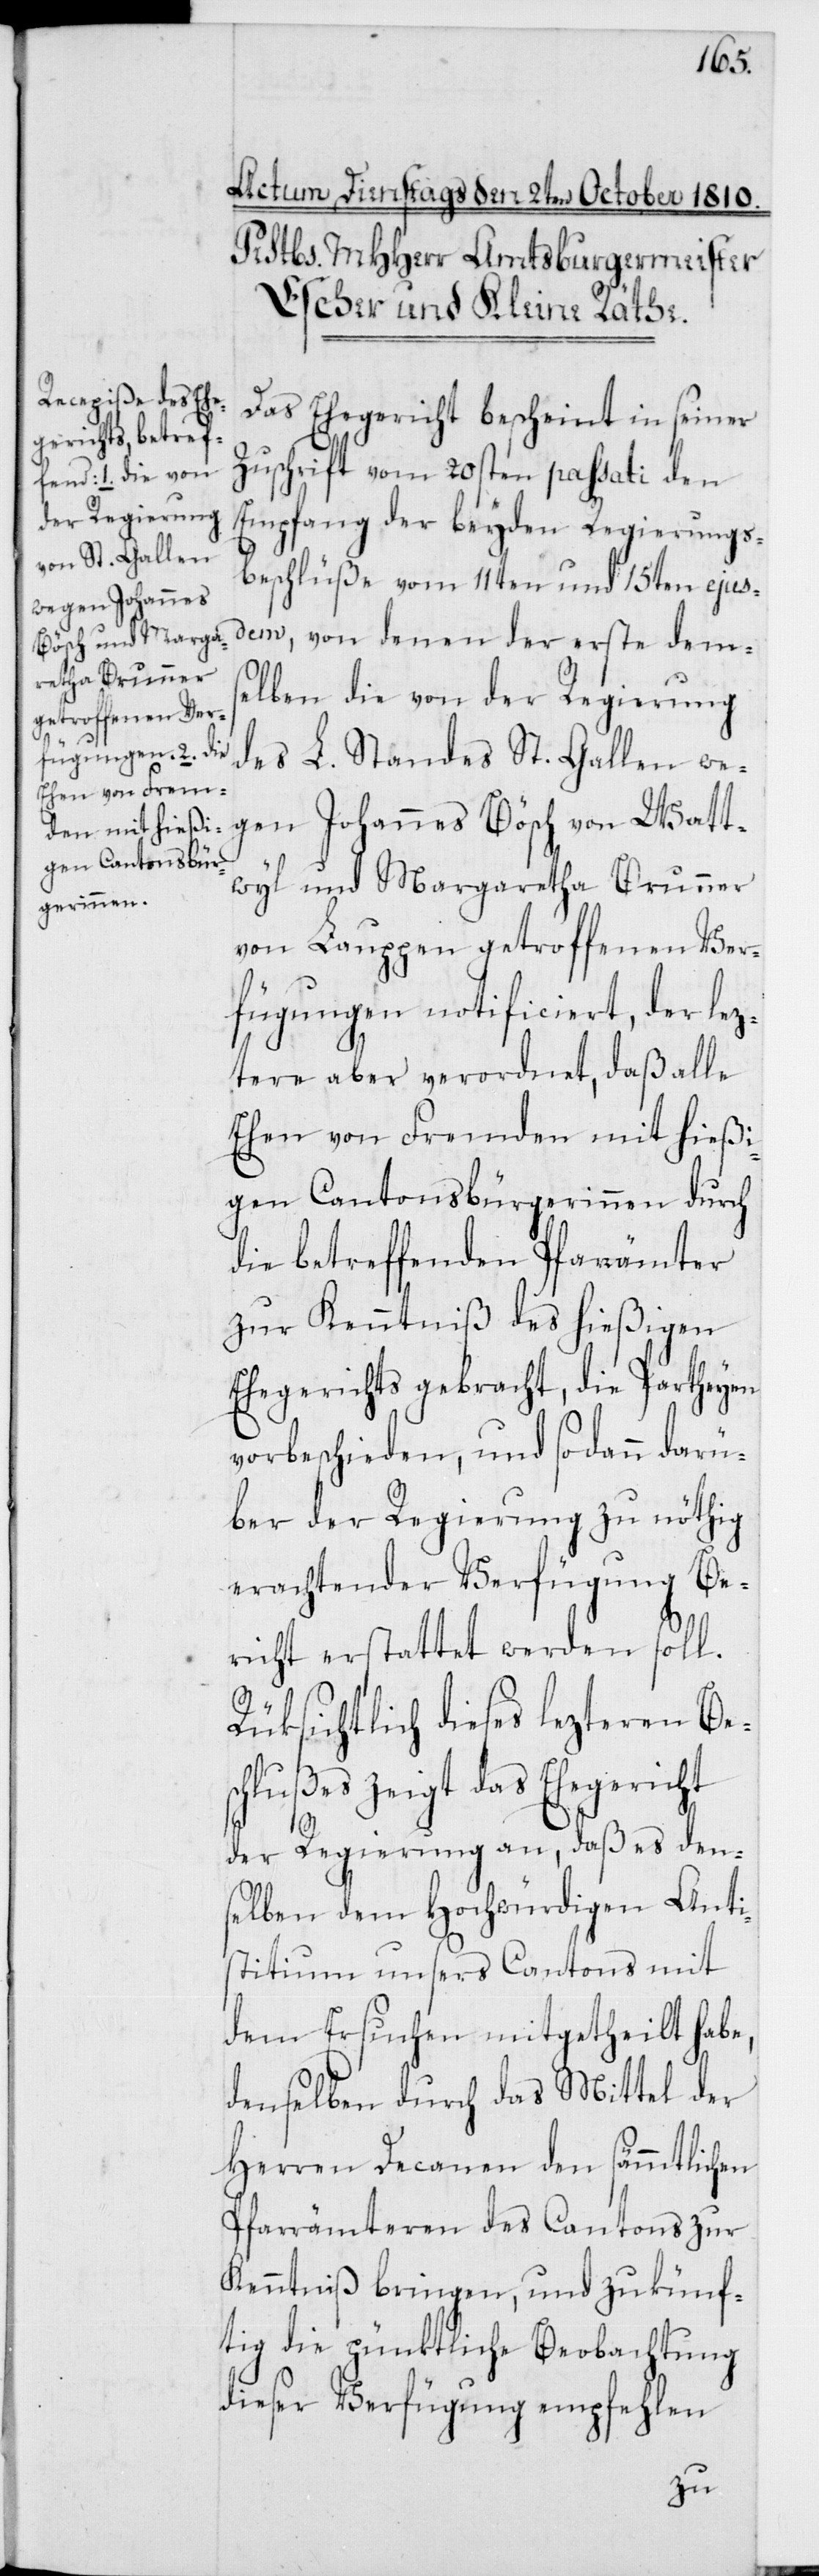
Das Ehegericht bescheint in seiner
Zuschrift vom 20sten passati den
Empfang der beyden Regierungs¬
beschlüße vom 11ten und 15ten ejus¬
dem, von denen der erste dem¬
selben die von der Regierung
des L. Standes St. Gallen we¬
gen Johannes Bösch von Watt¬
wyl und Margaretha Brunner
von Lauppen getroffenen Ver¬
fügungen notificiert, der lez¬
tere aber verordnet, daß alle
Ehen von Fremden mit hießi¬
gen Cantonsbürgerinnen durch
die betreffenden Pfarämter
zur Kenntniß des hießigen
Ehegerichts gebracht, die Partheyen
vorbeschieden, und sodann darü¬
ber der Regierung zu nöthig
erachtender Verfügung Be¬
richt erstattet werden soll.
Rüksichtlich dieses lezteren Bes¬
chlußes zeigt das Ehegericht
der Regierung an, daß es den¬
selben dem Hochwürdigen Anti¬
stitium unsers Cantons mit
dem Ersuchen mitgetheilt habe,
denselben durch das Mittel der
Herren Decanen den sämmtlichen
Pfarrämteren des Cantons zur
Kenntniß bringen, und zukünf¬
tig die pünktliche Beobachtung
dieser Verfügung empfehlen